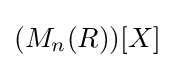
(M_{n}(R))[X]